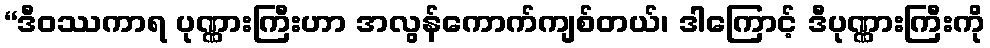
“ဒီဝဿကာရ ပုဏ္ဏားကြီးဟာ အလွန်ကောက်ကျစ်တယ်၊ ဒါကြောင့် ဒီပုဏ္ဏားကြီးကို